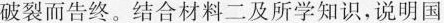
破裂而告终。结合材料二及所学知识，说明国